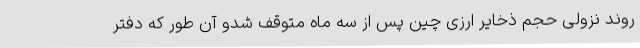
روند نزولی حجم ذخایر ارزی چین پس از سه ماه متوقف شدو آن طور که دفتر